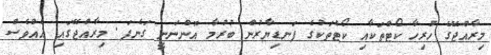
މިރާއްޖޭގެ ހުރިހާ ކޯޓްތަކާއި ކޯޓްތަކުގެ ފަނޑިޔާރުން ބުރުމާ އޮންނަނީ ގަނެފަ. މިރާއްޖޭގައި އެއްވެސް